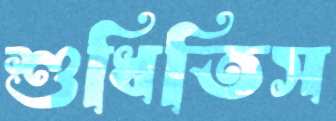
শুধিতিস